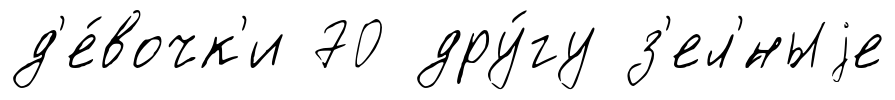
д'е́вочк'и 70 дру́гу з'ел'́ныjе